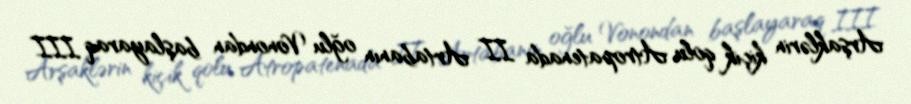
Arşaklərin kiçik qolu Atropatenada II Artabanın oğlu Vonondan başlayaraq III